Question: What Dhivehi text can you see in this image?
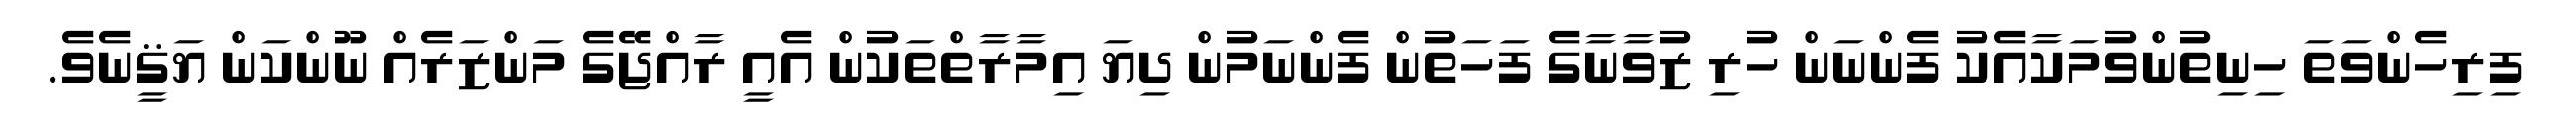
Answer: ފިރިހެންވަތަ ހިނިތުންވުމަކާއެކު ފެންނަން ހުރި ޒުވާނާގެ ފަހަތުން ފެންނަމުން ދިޔަ އިމާރާތްތަކުން އެއީ ރާއްޖޭގެ މަންޒަރެއް ނޫންކަން ޔަޤީނެވެ.